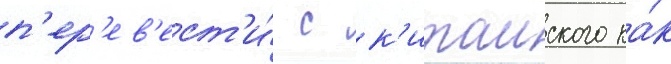
п'ер'ев'ест'и́ с к'итаиского ка́к